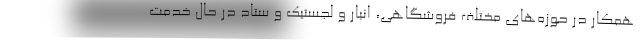
همکار در حوزه­های مختلف فروشگاهی، انبار و لجستیک و ستاد در حال خدمت